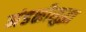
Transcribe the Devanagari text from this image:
मंडळीसुद्धा